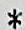
*